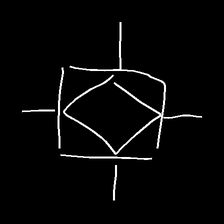
Glyph: light